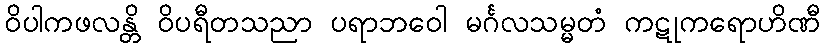
ဝိပါကဖလန္တိ ဝိပရီတသညာ ပရာဘဝေါ မင်္ဂလသမ္မတံ ကဋုကရောဟိဏီ